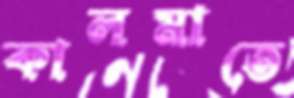
কালমাতে